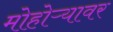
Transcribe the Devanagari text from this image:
मोहोऱ्यावर